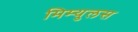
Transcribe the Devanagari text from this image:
मिम्युलस